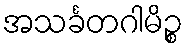
အသင်္ခတဂါမိဉ္စ